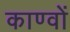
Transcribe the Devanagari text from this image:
काण्वों